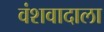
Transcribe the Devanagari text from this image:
वंशवादाला